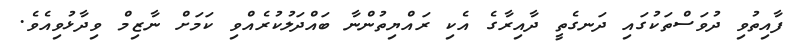
ފާއިތުވި ދުވަސްތަކުގައި ދަނގެތީ ދާއިރާގެ އެކި ރައްޔިތުންނާ ބައްދަލުކުރެއްވި ކަމަށް ނާޒިމް ވިދާޅުވިއެވެ.